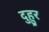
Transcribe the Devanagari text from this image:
दुहुर